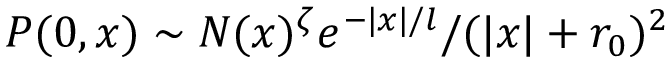
P ( 0 , x ) \sim N ( x ) ^ { \zeta } e ^ { - | x | / l } / ( | x | + r _ { 0 } ) ^ { 2 }